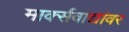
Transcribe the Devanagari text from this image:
मार्क्‍सवाद्यांवर